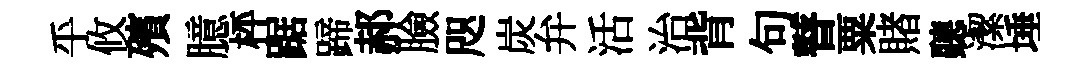
乎攸殯臆枰踞蹄郝臉咫炭弁活治背句瞽粟賭聽潔埵